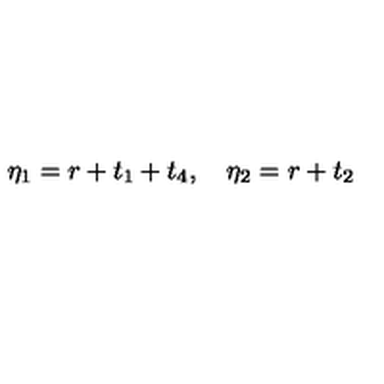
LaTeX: \eta _ { 1 } = r + t _ { 1 } + t _ { 4 } , \quad \eta _ { 2 } = r + t _ { 2 }